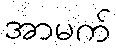
အာမက်